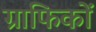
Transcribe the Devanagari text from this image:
ग्राफिकों